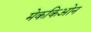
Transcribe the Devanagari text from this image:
मेककिओन